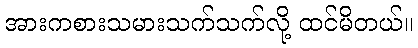
အားကစားသမားသက်သက်လို့ ထင်မိတယ်။